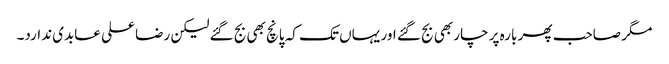
مگر صاحب پھر بارہ پر چار بھی بج گئے اور یہاں تک کہ پانچ بھی بج گئے لیکن رضا علی عابدی ندارد۔